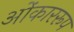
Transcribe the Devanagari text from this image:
ओंकाररूप